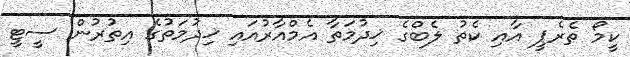
ކީމޯ ތެރެޕީ އާއި ކެތު ލެބްގެ ޚިދުމަތާ އެމްއާރުއައި ޚިދުމަތުގެ އިތުރުން ސީޓީ